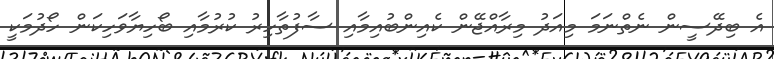
އެ ބިދޭސީން ނެތްނަމަ މިއަދު މިރާއްޖޭން ކެއިންބުއިމާއި ސާފުތާހިރު ކުރުމާއި ބޯހިޔާވަހިކަން ހޯދުމަކީ